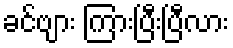
ခင်ဗျား ကြားပြီးပြီလား